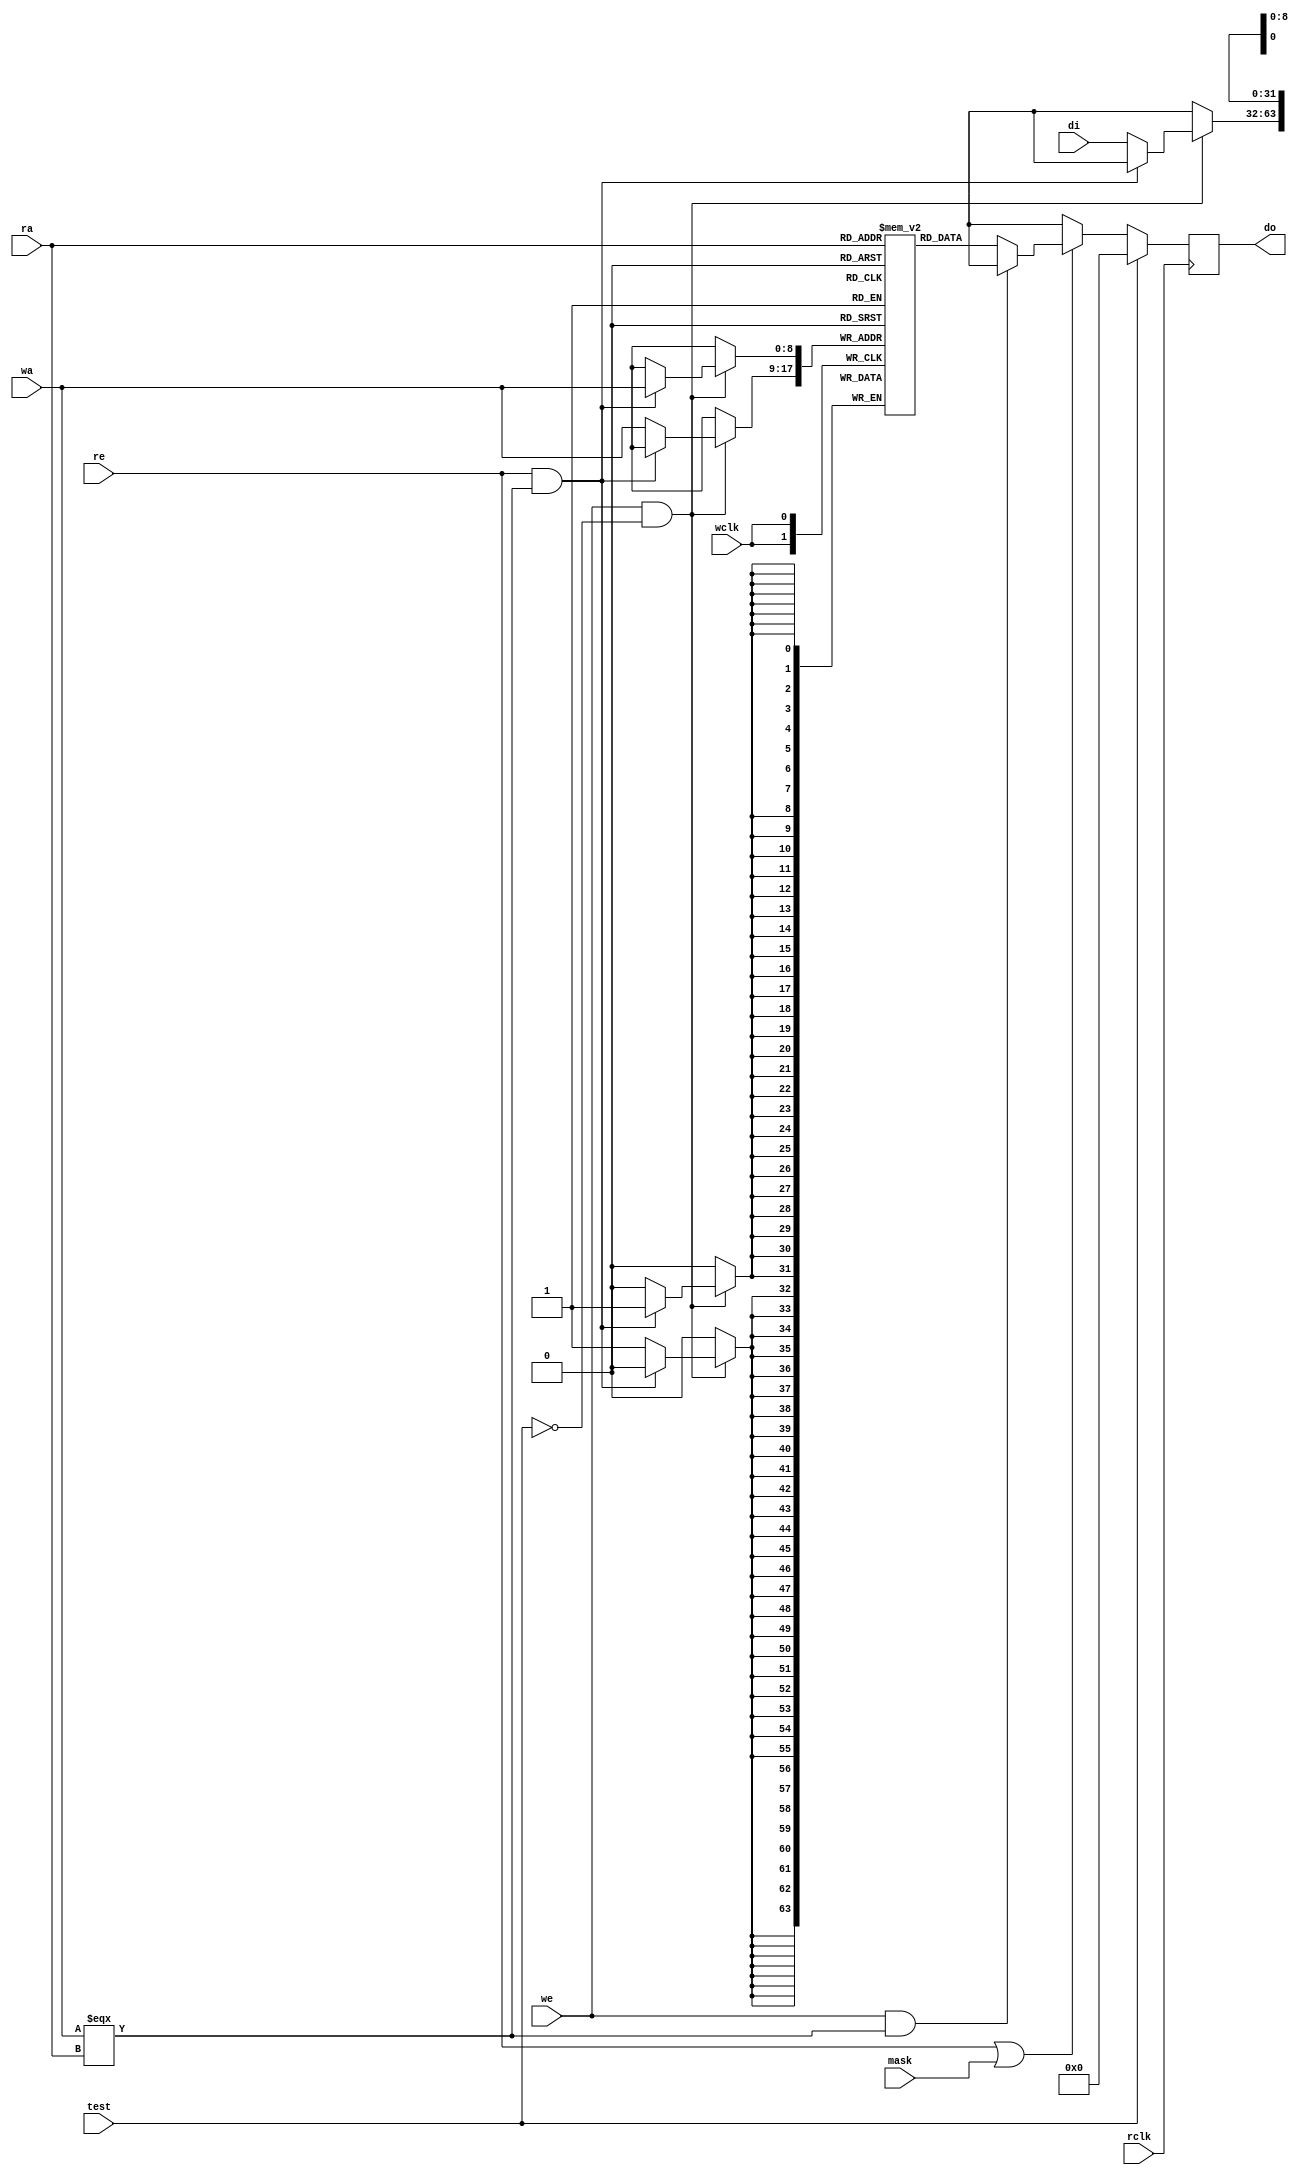
// Description     : a library of read write port RAM model with dual clocks
//////////////////////////////////////////////////////////////////////////////////

module iramrwpx
    (
     wclk,
     wa,
     we,
     di,
     
     rclk,
     ra,
     re,
     do,
     
     test,
     mask
     );

parameter ADDRBIT = 9;
parameter DEPTH = 512;
parameter WIDTH = 32;
parameter TYPE = "AUTO";
parameter MAXDEPTH = 0;
parameter DISPLAY_ERR_RAM_WR = "ON";
parameter DISPLAY_ERR_RAM_RD = "ON";
parameter ERR_RAM_WR_X  = "ON";
parameter ERR_RAM_RD_X  = "ON";
parameter ERR_RAM_WR_REAL = "OFF";

input               wclk;
input [ADDRBIT-1:0] wa;
input               we;
input [WIDTH-1:0]   di;
input               rclk;
input [ADDRBIT-1:0] ra;
input               re;
output [WIDTH-1:0]  do;
input               mask;   // =1 -> re is disable
input               test;   // wr and rd are disable

reg [WIDTH-1:0] ram [DEPTH-1:0];
reg [WIDTH-1:0] do;

integer i;
initial begin for(i=0;i<DEPTH;i=i+1) ram[i] = {WIDTH{1'b0}}; end

always @ (posedge wclk)
    begin
    if (we & (!test))
        begin
        if (re & (wa === ra))
            begin

            `ifdef ERR_RAM_WR_X_OFF
            `else
            // FPGA can write a value to RAM during same address of write and read
            // added by Duc Do, Sat Apr 23 10:28:48 2011
            if (ERR_RAM_WR_REAL == "ON")
                ram[wa] <= di;
            // end of modification
            
            else if (ERR_RAM_WR_X == "ON")
                ram[wa] <= {WIDTH{1'bx}};
            
            `endif          

            
            `ifdef DISPLAY_ERR_RAM_WR_OFF
            `else           
            if (DISPLAY_ERR_RAM_WR == "ON")
                $display("ERR_RAM: WR and RD at the same address @wclk at %h %t %m",ra,$time);
            `endif      
            
            end
        else
            begin
            ram[wa] <= di;
            end
        end
         
    end

always @ (posedge rclk)
    begin
    if (test)   do <= {WIDTH{1'b0}};
    else if (re | mask)
        begin
        if (we & (wa === ra))
            begin

            `ifdef ERR_RAM_RD_X_OFF
            do <= {WIDTH{1'b0}};
            `else
            if (ERR_RAM_RD_X == "ON")
                do <= {WIDTH{1'bx}};
            else
                do <= {WIDTH{1'b0}};
            `endif          

            
            `ifdef DISPLAY_ERR_RAM_RD_OFF
            `else
            if (DISPLAY_ERR_RAM_RD == "ON")
                $display("ERR_RAM: RD and WR at the same address @rclk at %h %t %m",ra,$time);
            `endif      

            
            end
        else
            begin
            do  <= ram[ra];
            end
        end
    else    do  <= {WIDTH{1'bx}};
    end

// for debug            
wire    sameaddr;
assign sameaddr = re & we & (wa === ra);

endmodule